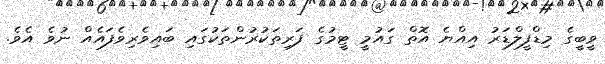
ވީބީގެ މިޑްފީލްޑަރު އިއްޔެ އޮތް ގައުމީ ޓީމުގެ ފަރިތަކުރުންތަކުގައި ބައިވެރިވެފައެއް ނުވެ އެވެ.